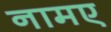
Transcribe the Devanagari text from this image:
नामए